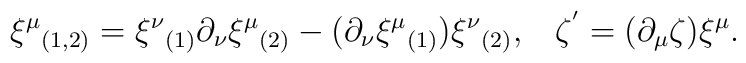
\xi^\mu{}_{(1,2)}=\xi^\nu{}_{(1)}\partial_\nu\xi^\mu{}_{(2)}- (\partial_\nu\xi^\mu{}_{(1)})\xi^\nu{}_{(2)},\;\;\; \zeta^{'}=(\partial_\mu\zeta)\xi^\mu.\nonumber